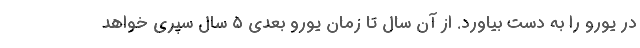
در یورو را به دست بیاورد. از آن سال تا زمان یورو بعدی ۵ سال سپری خواهد